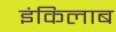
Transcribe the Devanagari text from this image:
इंकिलाब